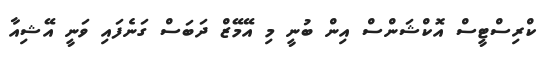
ކްރިސްޓީސް އޮކްޝަންސް އިިން ބުނީ މި އޭމޭޒް ދަބަސް ގަނެފައި ވަނީ އޭޝިއާ